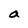
Character: a